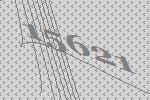
15621